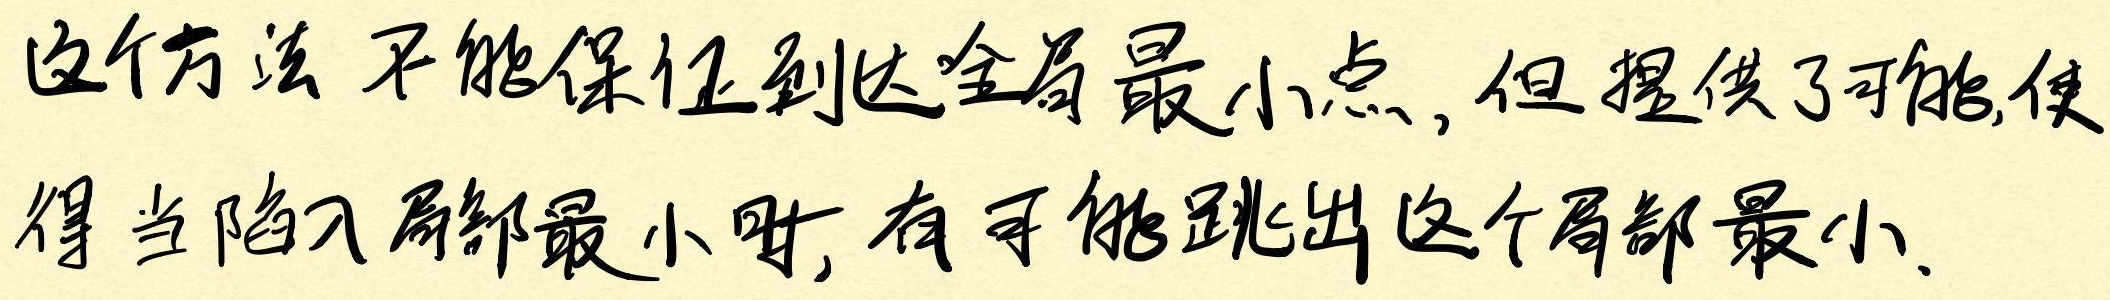
这个方法不能保证到达全局最小点, 但提供了可能,使得当陷入局部最小时, 有可能跳出这个局部最小.